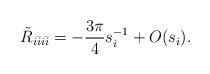
LaTeX: \begin{align*}\tilde R_{i\bar i i \bar i}=-\frac{3\pi}{4}s_{i}^{-1}+O(s_{i}).\end{align*}